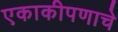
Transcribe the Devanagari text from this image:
एकाकीपणाचे